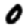
Digit: 0